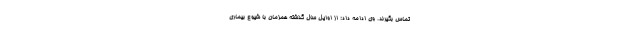
تماس بگیرند. وی ادامه داد: از اوایل سال گذشته همزمان با شیوع بیماری